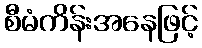
စီမံကိန်းအနေဖြင့်